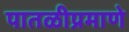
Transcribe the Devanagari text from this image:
पातळीप्रमाणे